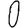
Digit: 0